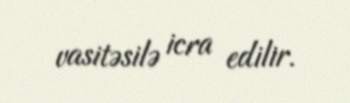
vasitəsilə icra edilir.